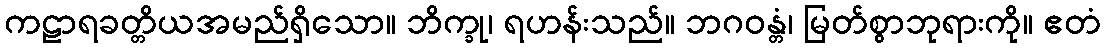
ကဠာရခတ္တိယအမည်ရှိသော။ ဘိက္ခု၊ ရဟန်းသည်။ ဘဂဝန္တံ၊ မြတ်စွာဘုရားကို။ ဧတံ